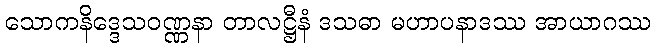
သောကနိဒ္ဒေသဝဏ္ဏနာ တာလဋ္ဌီနံ ဒသဓာ မဟာပနာဒဿ အာယာဂဿ